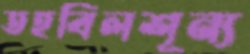
তহবিলশূন্য